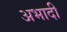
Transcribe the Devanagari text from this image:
अभादी